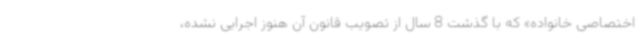
اختصاصی خانواده» که با گذشت 8 سال از تصویب قانون آن هنوز اجرایی نشده،